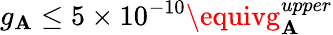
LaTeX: g_{\mathbf{A}}\leq5\times10^{-10}\equivg_{\mathbf{A}}^{upper}